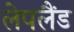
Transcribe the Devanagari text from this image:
लेपलैंड